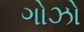
ગોઝો